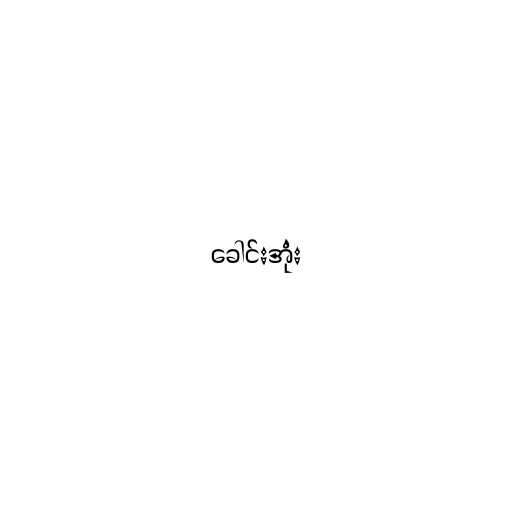
ခေါင်းအုံး